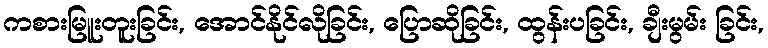
ကစားမြူးတူးခြင်း, အောင်နိုင်လိုခြင်း, ပြောဆိုခြင်း, ထွန်းပခြင်း, ချီးမွမ်း ခြင်း,